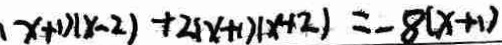
( x + 1 ) ( x - 2 ) + 2 ( x + 1 ) ( x + 2 ) = - 8 ( x + 1 )